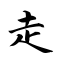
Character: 走